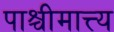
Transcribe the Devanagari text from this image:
पाश्चीमात्त्य